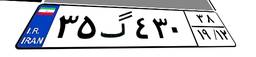
۷۱گ۹۳۰۵۱